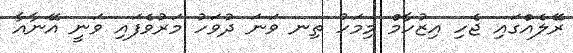
ރޭލެއްގައި ޖެހި އިޒުހާމް މިމަހު ތިނ ވަނަ ދުވަހު މަރުވެފައި ވަނީ އޭނާއާ